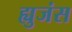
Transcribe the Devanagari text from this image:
ह्युजंस